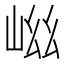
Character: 𭖞